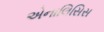
એનાલિસિસ